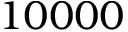
1 0 0 0 0